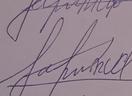
Signature authenticity: forged